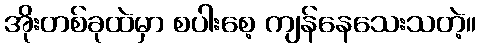
အိုးတစ်ခုထဲမှာ စပါးစေ့ ကျန်နေသေးသတဲ့။